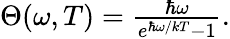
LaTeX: \begin{array}{r}{\Theta(\omega,T)=\frac{\hbar\omega}{e^{\hbar\omega/kT}-1}.}\end{array}